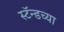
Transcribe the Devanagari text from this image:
स्टॅन्डच्या